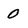
Character: 0